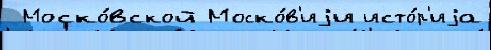
 Моско́вской Моско́в'иjи исто́р'иjа